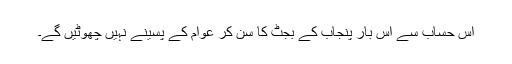
اس حساب سے اس بار پنجاب کے بجٹ کا سن کر عوام کے پسینے نہیں چھوٹیں گے۔